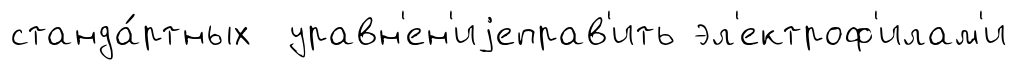
станда́ртных уравн'ен'иjеправ'ить эл'ектроф'илам'и